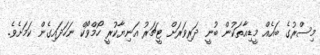
މިސްރުގެ ބައެއް މީޑިއާތަކުން ބުނީ ދަރިވަރަށް ޓީޗަރު އަނިޔާކުރީ ހޯމްވޯކް ނަހަދައިގެން ކަމަށެވެ.